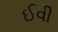
ઈવી